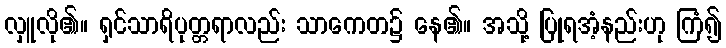
လှူလို၏။ ရှင်သာရိပုတ္တရာလည်း သာကေတ၌ နေ၏။ အသို့ ပြုရအံ့နည်းဟု ကြံ၍